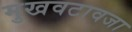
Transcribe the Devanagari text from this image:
मुखवटावजा